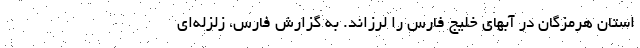
استان هرمزگان در آبهای خلیج فارس را لرزاند. به گزارش فارس، زلزله‌ای